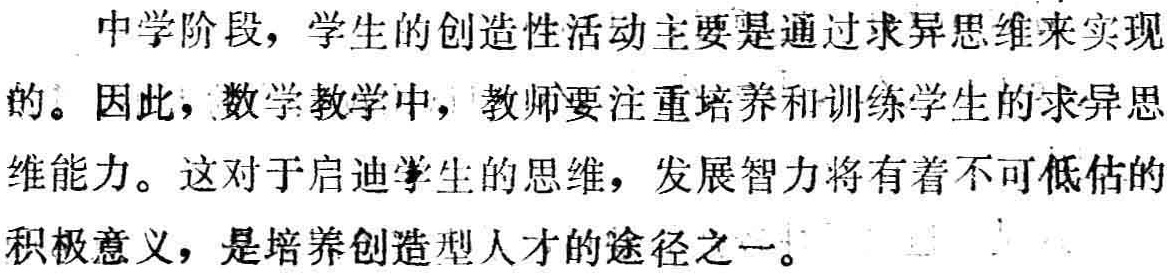
中学阶段，学生的创造性活动主要是通过求异思维来实现的。因此，数学教学中，教师要注重培养和训练学生的求异思维能力。这对于启迪学生的思维，发展智力将有着不可低估的积极意义，是培养创造型人才的途径之一。